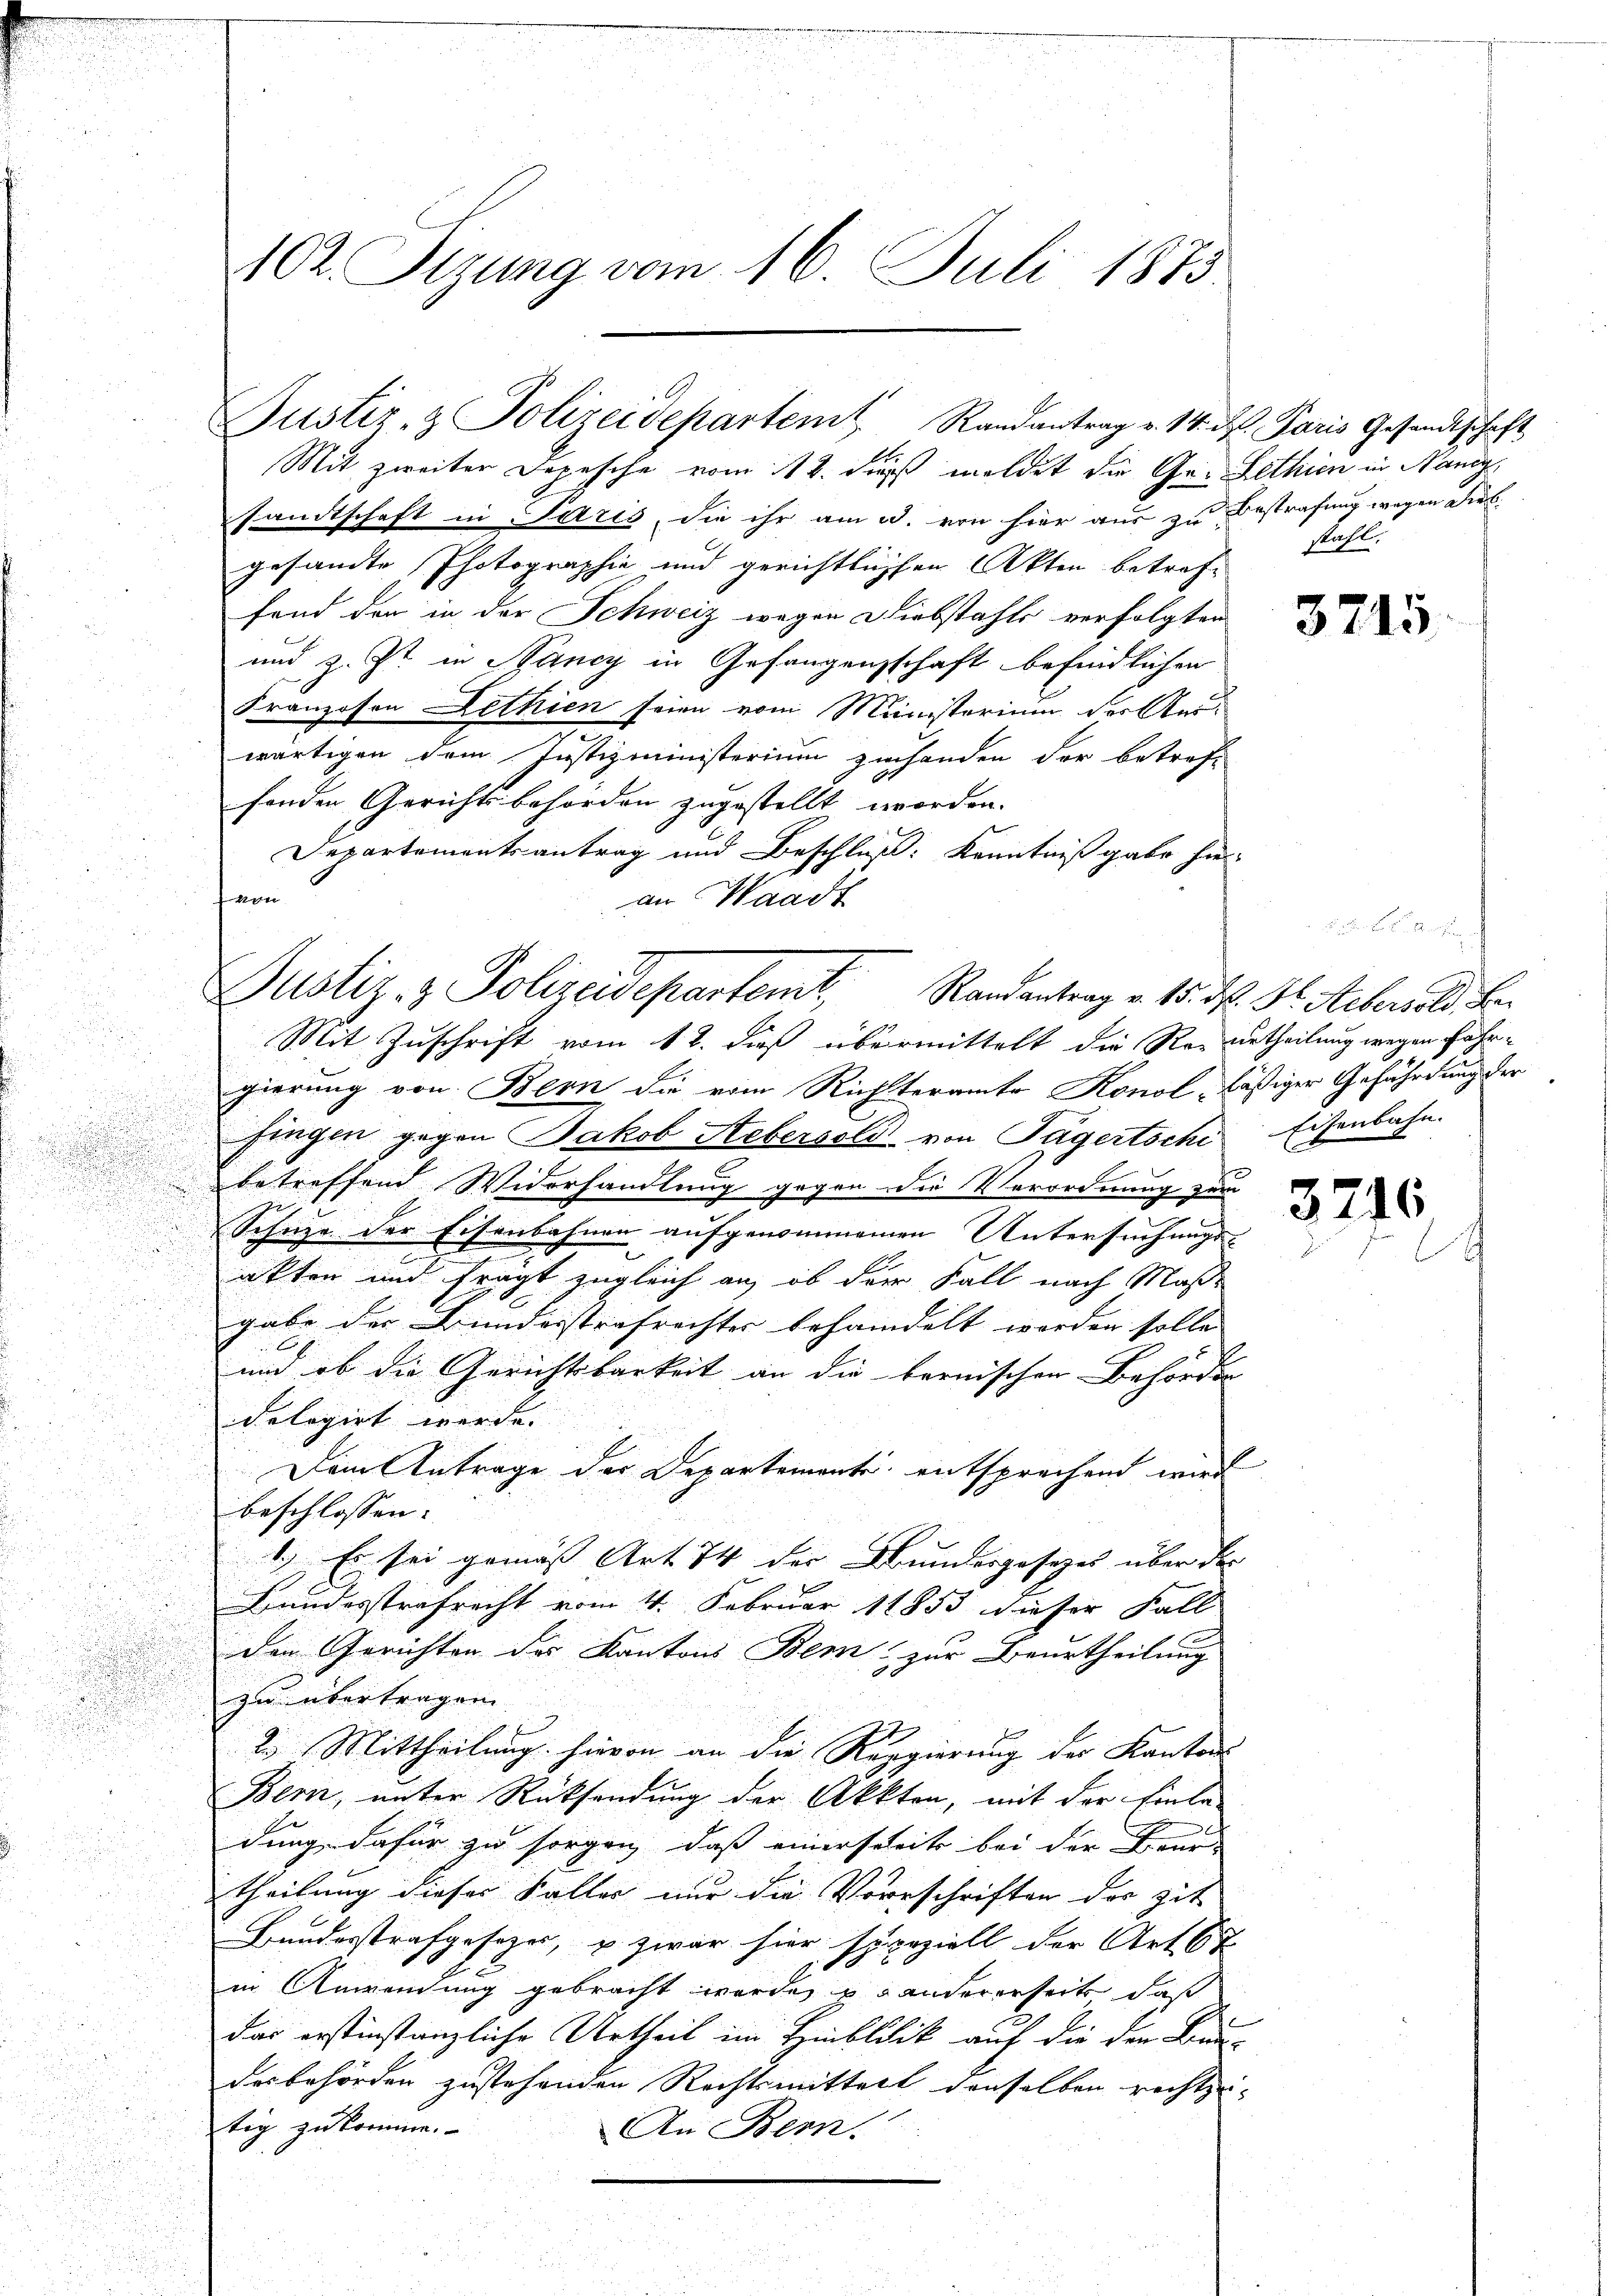
2

u

102. Sizung vom 16. Juli 1875

Justiz- & Polizeidepartem Randantrag v. 14. d. Paris Gesandtschaft
Mit zweiter Depesche vom 12. dieß meldet die Ge- Lethien in Nanig

sandtschaft in Paris, die ihr am 3. von hier aus zu Bestrafung wegen Diebgesandte Photographie und gerichtlichen Akten betreffand den in der Schweiz wegen Diebstahls verfolgten
und z. Zt. in Bancy in Gefangenschaft befindlichen
Franzosen Lethien seien vom Ministorium der Auswärtigen dem Justizministerium zu handen der betreff
fenden Gerichtsbehörden zugestellt worden.
Departementsantrag und Beschluß: Kenntniß gabe hier
n
an Waadt

Justiz- & Polizeidepartemt, Randantrag v. 15. M. D. Aebers als Be
Mit Zuschrift vom 12. dieß übermittelt die Resurtheilung wegen Fahr¬

stahl.

gierung von Bern die vom Richteramte Konol, läßiger Gefährdung der
fingen gegen Jakob Heberseld von Tägertsche Eisenbahn.
betreffend Widerhandlung gegen die Verordnung zum
Schuze der Eisenbahnen aufgenommenen Untersuchungs-
.
.
akten und fragt zugleich an, ob der Fall nach Maße
gabe der Bundesstrafrechter behandelt werden solle |
und ob die Gerichtsbarkeit an die bernischen Behörden
delegirt werde.
Dem Antrage der Departemente, entsprechend wird
u
beschlossen:
1.) Es sei gemäß Art 14 der Bundergesezes über der
Bundesstrafrecht vom 4. Februar 18853 dieser Fall
den Gerichten des Kantons Bem zur Beurtheilung
zu übertragen
2. Mittheilung hievon an die Regierung der Kantons
Bern, unter Rücksendung der Akkten, mit der Einle
dung dafür zu sorgen, daß einerseits bei der Beur-
theilung dieser Faller nur die Verrschriften der zit.
Hundesstrafgesezes, u. zwar hier speziell der Art 6 t
in Anwendung gebracht werden Landererseits, daß
das erstinstanzliche Urtheil im Hinblick auf die der Bau-
desbehörden zustehenden Rechtsmitteil denselben rechtzetig zukomme.
An Bern.

3715

3216